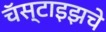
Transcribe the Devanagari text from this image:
चॅस्टाइझचे